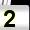
Digit: 2